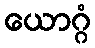
ယောဂ္ဂံ